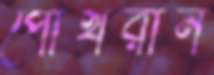
পোখরান